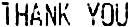
THANK YOU